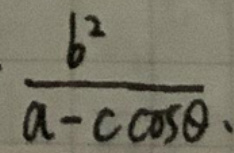
\(\frac{b^2}{a - c\cos\theta}\)